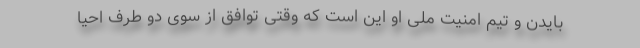
بایدن و تیم امنیت ملی او این است که وقتی توافق از سوی دو طرف احیا